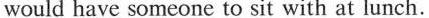
would have someone to sit with at lunch.